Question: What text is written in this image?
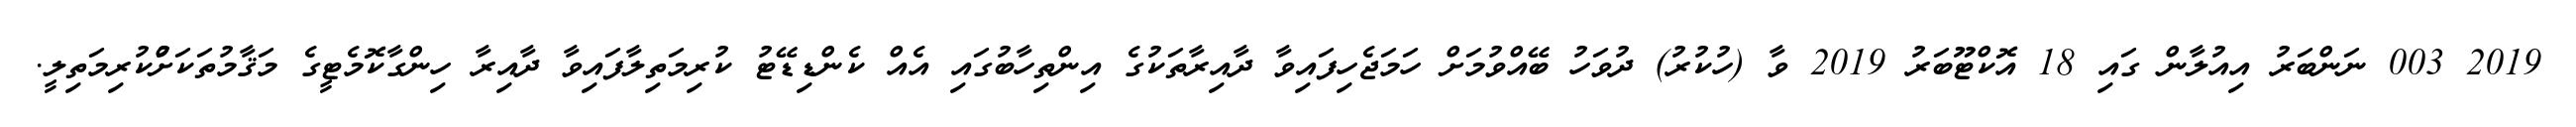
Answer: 2019 003 ނަންބަރު އިއުލާން ގައި 18 އޮކްޓޫބަރު 2019 ވާ (ހުކުރު) ދުވަހު ބޭއްވުމަށް ހަމަޖެހިފައިވާ ދާއިރާތަކުގެ އިންތިހާބުގައި އެއް ކެންޑިޑޭޓު ކުރިމަތިލާފައިވާ ދާއިރާ ހިންގާކޮމެޓީގެ މަޤާމުތަކަށްުކުރިމަތިލީ.